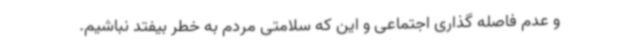
و عدم فاصله گذاری اجتماعی و این که سلامتی مردم به خطر بیفتد نباشیم.